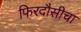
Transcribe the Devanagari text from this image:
फिरदौसीचा